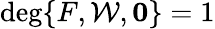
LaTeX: \mathrm{deg}\{ F,\mathcal{W},\boldsymbol{0}\} =1